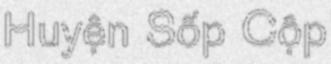
Huyện Sốp Cộp